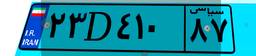
۷۴D۰۴۱۳۵